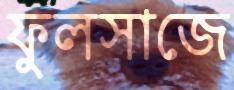
ফুলসাজে